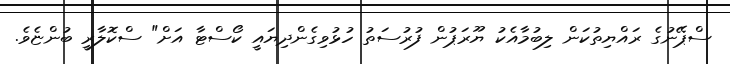
ސްޕޭނުގެ ރައްޔިތުކަން ލިބުމާއެކު ޔޫރަޕުން ފުރުސަތު ހުޅުވިގެންދިޔައީ ކޯސްޓާ އަށް" ސްކޮލާރީ ބުންޏެވެ.